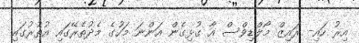
އިރު ހައި- ރައިޒް މޯލްޑިވްސް އާ ގުޅިގެން އަންނަ މަހުގެ މެދުތެރޭގައި އުތުރުގައި